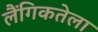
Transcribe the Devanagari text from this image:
लैंगिकतेला